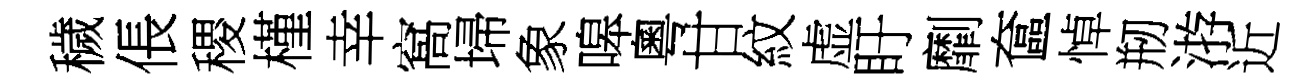
穢倀稷槿幸窩埽象嗥粵甘紋虚盱劘奩悼剏㳺近